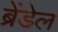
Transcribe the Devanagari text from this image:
ब्रेंडेल